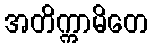
အတိက္ကာမိတေ